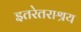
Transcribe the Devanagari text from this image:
इतरेतराश्रय